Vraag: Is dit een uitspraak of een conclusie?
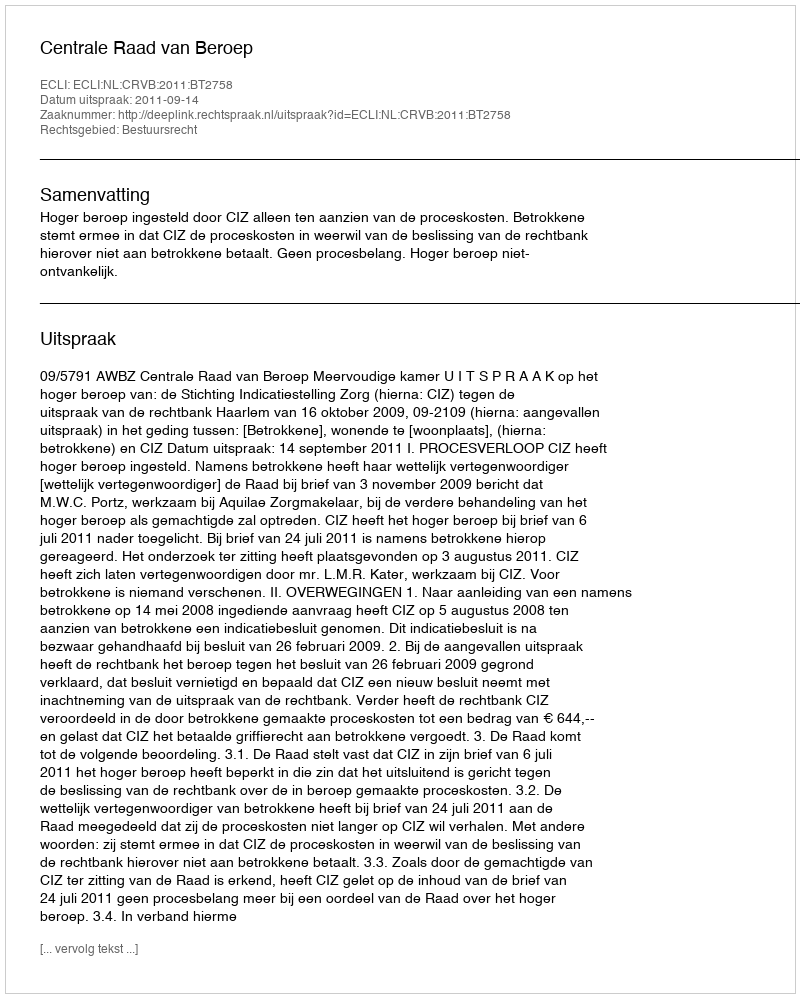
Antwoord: Uitspraak